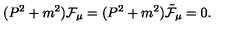
( P ^ { 2 } + m ^ { 2 } ) { \cal F } _ { \mu } = ( P ^ { 2 } + m ^ { 2 } ) { \tilde { \cal F } } _ { \mu } = 0 .